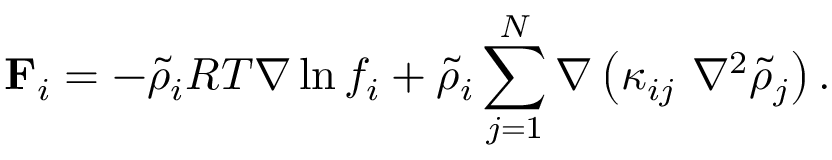
\mathbf { F } _ { i } = - \tilde { \rho } _ { i } R T \nabla \ln { f _ { i } } + \tilde { \rho } _ { i } \sum _ { j = 1 } ^ { N } \nabla \left( \kappa _ { i j } \ \nabla ^ { 2 } \tilde { \rho } _ { j } \right) .